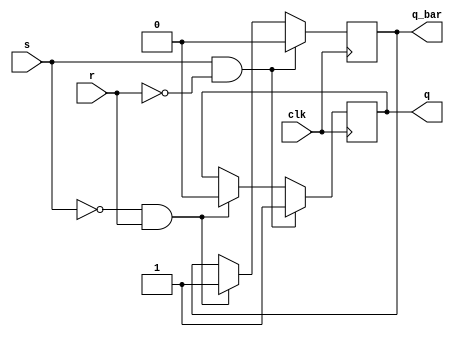
module sr_ff (
    input wire clk,
    input wire s,
    input wire r,
    output reg q,
    output reg q_bar
);

always @(posedge clk) begin
    if (s & !r) begin
        q <= 1'b1;
        q_bar <= 1'b0;
    end else if (!s & r) begin
        q <= 1'b0;
        q_bar <= 1'b1;
    end else if (!s & !r) begin
        // Retain previous state
    end
end

endmodule